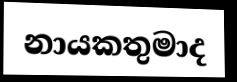
නායකතුමාද